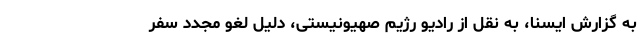
به گزارش ایسنا، به نقل از رادیو رژیم صهیونیستی، دلیل لغو مجدد سفر